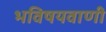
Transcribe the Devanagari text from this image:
भविषयवाणी